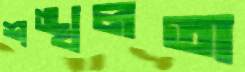
শঙ্খলতা